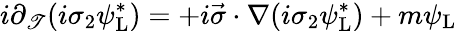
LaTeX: i\partial_{\mathscr{T}}(i\sigma_{2}\psi_{\mathrm{{{L}}}}^{*})=+i{\vec{{\sigma}}}\cdot\nabla(i\sigma_{2}\psi_{\mathrm{{{L}}}}^{*})+m\psi_{\mathrm{{{L}}}}